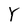
Character: Y